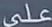
على